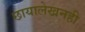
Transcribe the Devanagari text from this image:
छायालेखनही